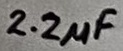
Text: 2.2µF